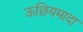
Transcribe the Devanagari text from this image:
ऊछियमादा